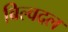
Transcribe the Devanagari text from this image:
बिल्वदल